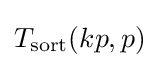
T_{\text{sort}}(kp,p)